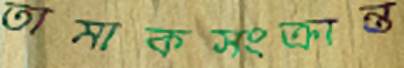
তামাকসংক্রান্ত